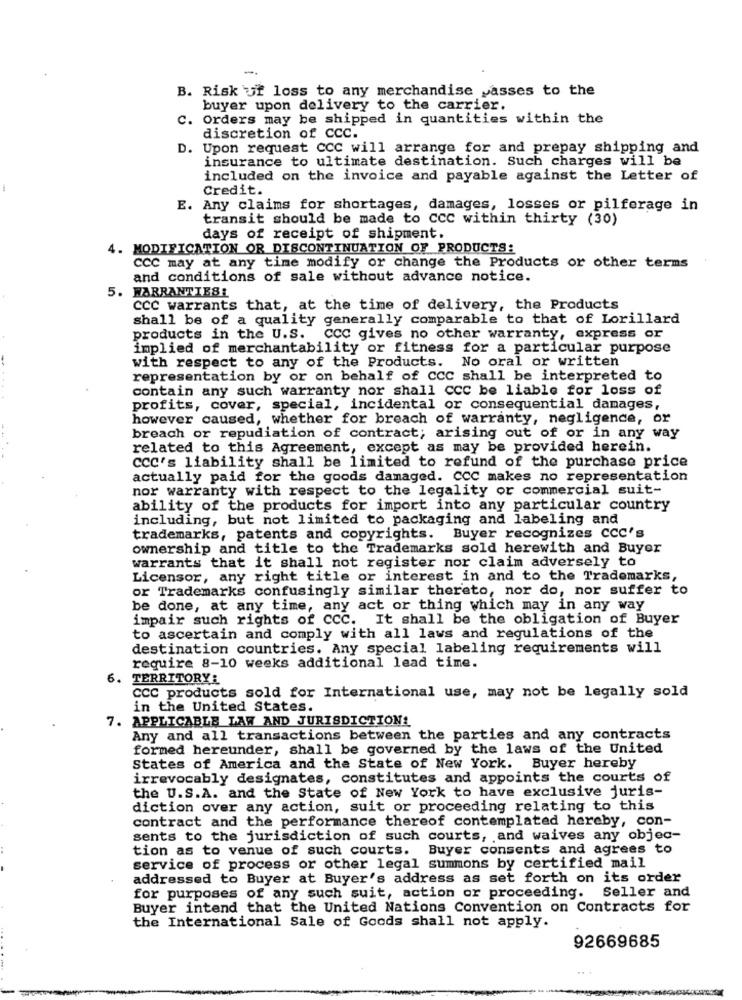
B. Risk ut loss to any merchandise passes to the
buyer upon delivery to the carrier.
C.
Orders may be shipped in quantities within the
discretion of CCC.
. Upon request ccc will arrange for and prepay shipping and
insurance to ultimate destination. Such charges will be
included on the invoice and payable against the Letter of
Credit.
E. Any claims for shortages, damages, losses or pilferage in
transit should be made to ccc within thirty (30)
days of receipt of shipment.
4. MODIFICATION OR DISCONTINUATION OF PRODUCTS:
CCC may at any time modify or change the Products or other terms
and conditions of sale without advance notice.
5. WARRANTIES!
CCC warrants that, at the time of delivery, the Products
shall be of a quality generally comparable to that of Lorillard
products in the U.S. CCC gives no other warranty, express or
implied of merchantability or fitness for a particular purpose
with respect to any of the Products. No oral or written
representation by or on behalf of CCC shall be interpreted to
contain any such warranty nor shall CCC be liable for loss of
profits, cover, special, incidental or consequential damages,
however caused, whether for breach of warranty, negligence, or
breach or repudiation of contract; arising out of or in any way
related to this Agreement, except as may be provided herein.
ccc's liability shall be limited to refund of the purchase price
actually paid for the goods damaged. CCC makes no representation
nor warranty with respect to the legality or commercial suit-
ability of the products for import into any particular country
including, but not limited to packaging and labeling and
trademarks, patents and copyrights. Buyer recognizes CCC's
ownership and title to the Trademarks sold herewith and Buyer
warrants that it shall not register nor claim adversely to
Licensor, any right title or interest in and to the Trademarks,
or Trademarks confusingly similar thereto, nor do, nor suffer to
be done, at any time, any act or thing which may in any way
impair such rights of CCC. It shall be the obligation of Buyer
to ascertain and comply with all laws and regulations of the
destination countries. Any special labeling requirements will
require 8-10 weeks additional lead time.
6.
TERRITORY:
CCC products sold for International use, may not be legally sold
in the United States.
7. APPLICABLE LAW AND JURISDICTION
Any and all transactions between the parties and any contracts
formed hereunder, shall be governed by the laws of the United
States of America and the State of New York. Buyer hereby
irrevocably designates, constitutes and appoints the courts of
the U.S.A. and the State of New York to have exclusive juris-
diction over any action, suit or proceeding relating to this
contract and the performance thereof contemplated hereby, con-
sents to the jurisdiction of such courts, and waives any objec-
tion as to venue of such courts. Buyer consents and agrees to
service of process or other legal summons by certified mail
addressed to Buyer at Buyer's address as set forth on its order
for purposes of any such suit, action or proceeding.
Seller and
Buyer intend that the United Nations Convention on Contracts for
the International Sale of Goods shall not apply.
92669685